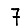
Digit: 7